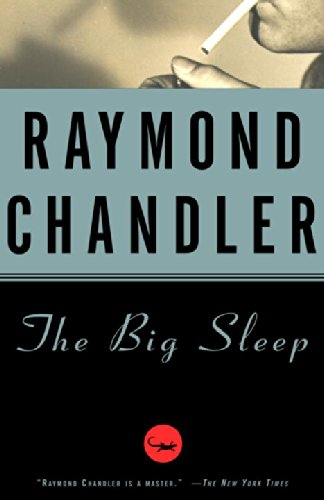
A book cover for The Big Sleep (Vintage Crime/Black Lizard); Raymond Chandler; Mystery, Thriller & Suspense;